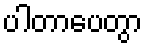
ပါတာပေတွာ